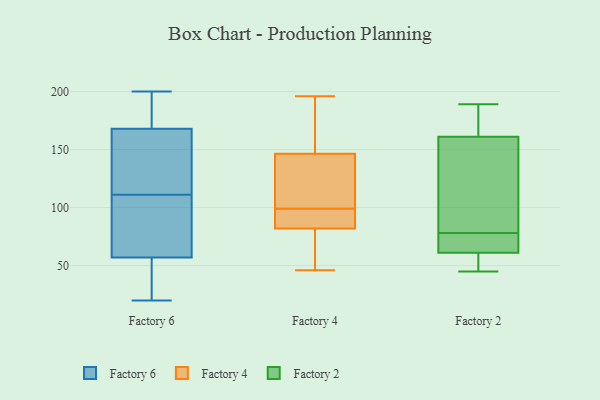
{"axis": {"x": "Customer Acquisition Cost (USD)", "y": "Value"}, "legend": ["Factory 2", "Factory 4", "Factory 6"], "data": [{"x": "", "y": 135, "type": "Factory 6"}, {"x": "", "y": 200, "type": "Factory 6"}, {"x": "", "y": 118, "type": "Factory 6"}, {"x": "", "y": 185, "type": "Factory 6"}, {"x": "", "y": 168, "type": "Factory 6"}, {"x": "", "y": 23, "type": "Factory 6"}, {"x": "", "y": 194, "type": "Factory 6"}, {"x": "", "y": 88, "type": "Factory 6"}, {"x": "", "y": 20, "type": "Factory 6"}, {"x": "", "y": 96, "type": "Factory 6"}, {"x": "", "y": 92, "type": "Factory 6"}, {"x": "", "y": 56, "type": "Factory 6"}, {"x": "", "y": 25, "type": "Factory 6"}, {"x": "", "y": 129, "type": "Factory 6"}, {"x": "", "y": 200, "type": "Factory 6"}, {"x": "", "y": 57, "type": "Factory 6"}, {"x": "", "y": 125, "type": "Factory 6"}, {"x": "", "y": 104, "type": "Factory 6"}, {"x": "", "y": 99, "type": "Factory 4"}, {"x": "", "y": 75, "type": "Factory 4"}, {"x": "", "y": 145, "type": "Factory 4"}, {"x": "", "y": 162, "type": "Factory 4"}, {"x": "", "y": 75, "type": "Factory 4"}, {"x": "", "y": 79, "type": "Factory 4"}, {"x": "", "y": 87, "type": "Factory 4"}, {"x": "", "y": 90, "type": "Factory 4"}, {"x": "", "y": 196, "type": "Factory 4"}, {"x": "", "y": 132, "type": "Factory 4"}, {"x": "", "y": 83, "type": "Factory 4"}, {"x": "", "y": 143, "type": "Factory 4"}, {"x": "", "y": 151, "type": "Factory 4"}, {"x": "", "y": 46, "type": "Factory 4"}, {"x": "", "y": 94, "type": "Factory 4"}, {"x": "", "y": 122, "type": "Factory 4"}, {"x": "", "y": 172, "type": "Factory 4"}, {"x": "", "y": 45, "type": "Factory 2"}, {"x": "", "y": 155, "type": "Factory 2"}, {"x": "", "y": 65, "type": "Factory 2"}, {"x": "", "y": 53, "type": "Factory 2"}, {"x": "", "y": 170, "type": "Factory 2"}, {"x": "", "y": 175, "type": "Factory 2"}, {"x": "", "y": 66, "type": "Factory 2"}, {"x": "", "y": 76, "type": "Factory 2"}, {"x": "", "y": 158, "type": "Factory 2"}, {"x": "", "y": 189, "type": "Factory 2"}, {"x": "", "y": 78, "type": "Factory 2"}, {"x": "", "y": 121, "type": "Factory 2"}, {"x": "", "y": 103, "type": "Factory 2"}, {"x": "", "y": 61, "type": "Factory 2"}, {"x": "", "y": 61, "type": "Factory 2"}, {"x": "", "y": 49, "type": "Factory 2"}, {"x": "", "y": 180, "type": "Factory 2"}]}